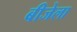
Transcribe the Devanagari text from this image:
बीजेला